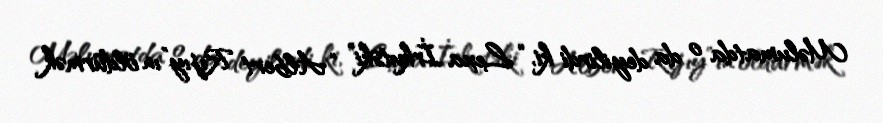
Məlumatda o da deyilirdi ki, “Lexa İrkutski” “Albert Rıjıy”ın öldürmək